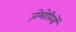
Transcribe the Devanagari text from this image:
ज़ेमोरिनों